Report on vaccination North-West Frontier Province 1904-1922 - 1904-1922
Year: 1904
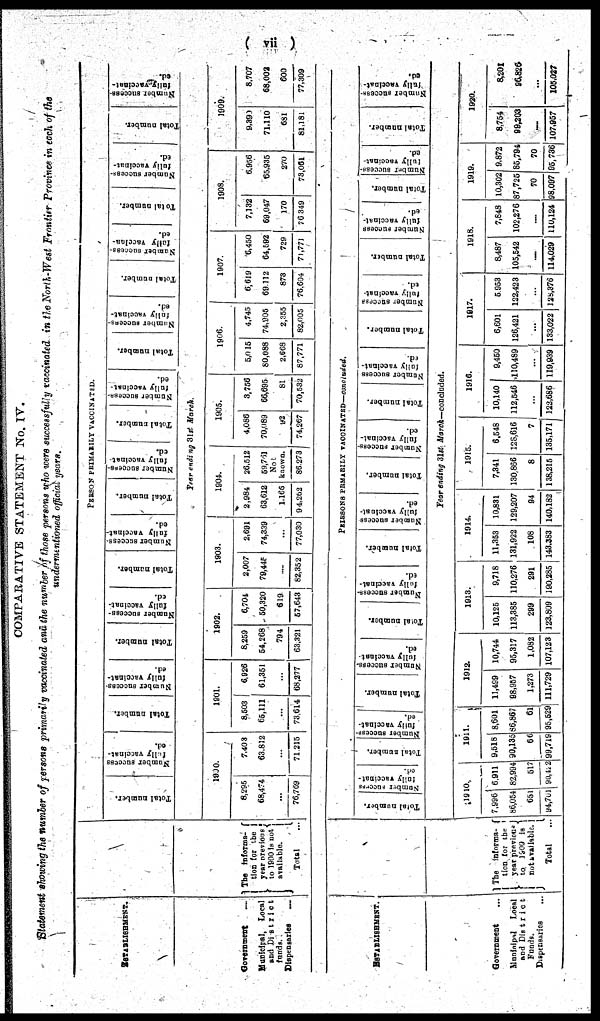
(
vii)
COMPARATIVE STATEMENT No. IV.
Statement showing the number of persons primarily vaccinated and the number of those persons who were successfully vaccinated in the North-West Frontier Province in each of the
undermentioned official years.
ESTABLISHMENT.
Government
.....
Municipal, Local
and District
funds..
Dispensaries .....
ESTABLISHMENT.
Government ...
Municipal Local
and District
Funds.
Dispensaries ...
The informa¬
tion for the
year previous
to 1900 is not
available.
Total ...
The informs¬
tion for the
year previous
to 1900 is
not available.
Total ...
PERSON PRIMARILY VACCINATED.
Total number.
Number success
fully vaccinat-
ed.
Total number.
Number success-
fully
vaccinat¬
ed.
Tot al number.
Nu mb e r success-
ful l y vaccinat-
ed.
Total number.
Nu mb e r s uc c e s s -
ful l y vaccinat-
ed.
Tot al number.
Number success¬
fully
vaccinat¬
ed.
Total number.
Number success-
fully Vaccinat-
ed.
Total number.
Number success-
fully
vaccinat¬
ed.
Total number.
Number success-
fully vaccina¬
ed.
Total number.
Number success-
fully vaccinat¬
ed.
Total number.
Number success-
fully vaccinat-
ed.
Year ending 31st March.
1990.
8,295
68,474
...
76,769
7,403
63,812
...
71,215
1901.
8,503
65,111
...
73,614
6,926
61,351
...
68,277
1902.
8,259
54,268
794
63,321
6,704
50,320
619
57,643
1903.
2,007
790045
.....
82,352
2,691
74,339
...
77,030
1904.
2,984
63,612
1,166
94,262
26,512
59,761
Not
known. 86,273
1905.
4,086
70,089
92
74,267
3,756
66,695
81
70,532
1906.
5,015
80,088
2,668
87,771
4,745
74,905
2,355
82,005
1907.
6,619
69,112
873
76,604
6,450
64,592
729
71,771
1908.
7,132
69,047
170
76,349
6,956
65,935
270
73,061
1909.
9,399
71,110
681
81,181
8,707
68,002
600
77,309
PEIRSONS PRMARILY VACCINATED—Concluded.
Total number.
Number success¬
fully vaccinat-
ed.
Total number.
Number success¬
fully vaccinat-
ed.
Total number.
Number success¬
fully vaccinat-
ed.
Total number.
Number success-
fully vaccinat-
ed.
Total number.
Number success
fully vaccinat-
ed.
Total number.
Number success-
fully vaccinat-
ed.
Total number.
Number success
fully vaccinat-
ed.
Total number.
Number success
fully vaccinat-
ed.
Total number.
Number success¬
fully vaccinat-
ed.
Total number.
Number success-
fully vaccinat-
ed.
Total number.
Number success¬
fully vaccinat-
ed.
Year ending 31st March—concluded.
1910.
7,996
86,054
651
94,701
6,911
82,994
517
90,422
1911.
9,518
90,135
66
99,719
8,601
86,867
61
95,529
1912.
11,499
98,957
1,273
111,729
10,744
95,317
1,082
107,123
1913.
10,125
113,385
299
123,809
9,718
110,276
291
190,285
1914.
11,353
131,922
108
143,383
10,831
129,207
94
140,182
1915.
7,341
130,866
8
138,215
6,548
128,616
7
135,171
1916.
10,140
112,546
...
122,686
9,450
110,489
...
119,939
1917.
6,601
126,421
...
133,022
5,953
122,423
...
128,376
1918.
8,487
105,542
.....
114,029
7,848
102,276
.....
110,124
1919.
10,302
87,725
70
98,097
9,872
85,794
70
95,736
1920.
8,754
99,203
..... 107,957
8,201
96,826
...
105,027